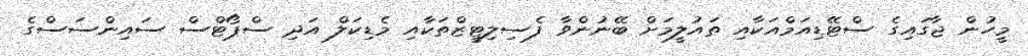
މީހުން ޖާގައިގެ ސްޓޭޑިއަމްއަކާއި ތައުލީމަށް ބޭނުންވާ ފެސިލިޓީޒްތަކާއި މެޑިކަލް އަދި ސްޕޯޓްސް ސައިންސަސްގެ